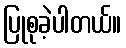
ပြုစုခဲ့ပါတယ်။